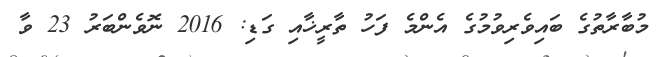
މުބާރާތުގެ ބައިވެރިވުމުގެ އެންމެ ފަހު ތާރީޚާއި ގަޑި: 2016 ނޮވެންބަރު 23 ވާ